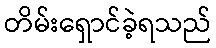
တိမ်းရှောင်ခဲ့ရသည်